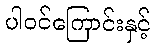
ပါဝင်ကြောင်းနှင့်